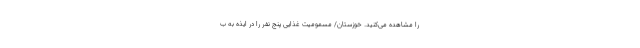
را مشاهده می‌کنید. خوزستان/ مسمومیت غذایی پنج نفر را در ایذه به ب